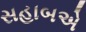
સહાબએ